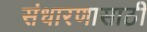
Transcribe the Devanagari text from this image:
संधारणासाठी